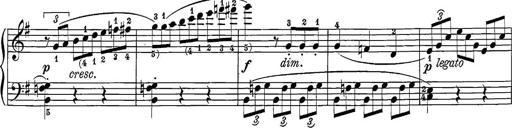
Title: 12 Sonatine per Pianoforte
Composer: Friedrich Kuhlau